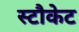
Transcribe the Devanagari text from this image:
स्टौकेट